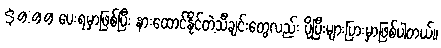
$9.99 ပေးရမှာဖြစ်ပြီး နားထောင်နိုင်တဲ့သီချင်းတွေလည်း ပိုပြီးများပြားမှာဖြစ်ပါတယ်။